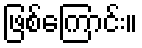
ဖြစ်ကြောင်း။